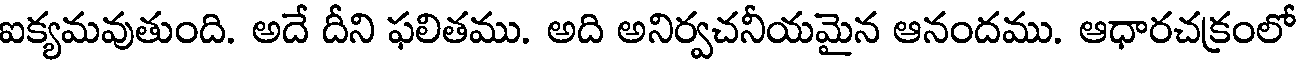
ఐక్యమవుతుంది. అదే దీని ఫలితము. అది అనిర్వచనీయమైన ఆనందము. ఆధారచక్రంలో